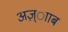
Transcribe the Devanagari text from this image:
अज़्ााब